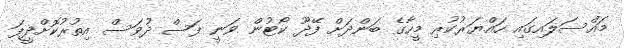
މައްސަލައިގައި ހައްޔަރުކުރި މީހާގެ ބަންދަށް ފޭދޫ ކޯޓުން ވަނީ ފަސް ދުވަސް އިތުރުކޮށްދީފަ